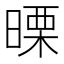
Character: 𭧅